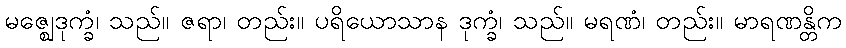
မဇ္ဈေဒုက္ခံ၊ သည်။ ဇရာ၊ တည်း။ ပရိယောသာန ဒုက္ခံ၊ သည်။ မရဏံ၊ တည်း။ မာရဏန္တိက